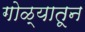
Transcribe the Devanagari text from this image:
गोळ्यातून